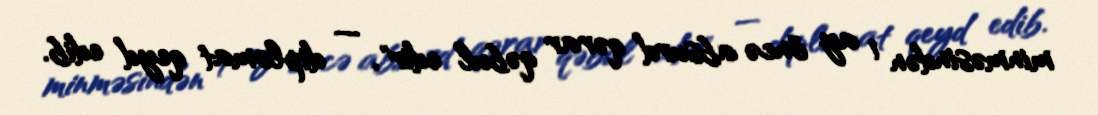
minməsindən 1 ay öncə absurd qərar qəbul edir", — diplomat qeyd edib.